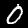
Digit: 0